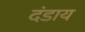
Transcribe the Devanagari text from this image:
दंडाय